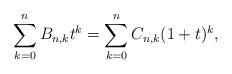
LaTeX: \begin{align*}\sum_{k=0}^n B_{n,k} t^k = \sum_{k=0}^n C_{n,k} (1+t)^k, \end{align*}